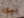
بيك